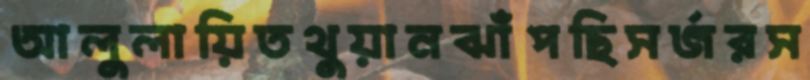
আলুলায়িতথুয়ানঝাঁপছিসর্জরস